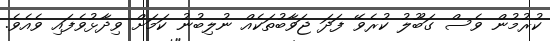
ކުރުމުން ވެސް ގަބޫލު ކުރެވޭ ފަދަ ޖަވާބުތަކެއް ނުލިބުނު ކަމަށް ވިދާޅުވެފައި ވެއެވެ.